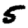
Digit: 5